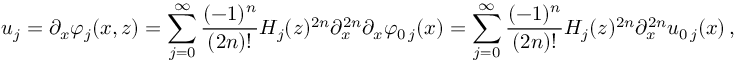
u _ { j } = \partial _ { x } \varphi _ { j } ( x , z ) = \sum _ { j = 0 } ^ { \infty } \frac { ( - 1 ) ^ { n } } { ( 2 n ) ! } H _ { j } ( z ) ^ { 2 n } \partial _ { x } ^ { 2 n } \partial _ { x } \varphi _ { 0 \, j } ( x ) = \sum _ { j = 0 } ^ { \infty } \frac { ( - 1 ) ^ { n } } { ( 2 n ) ! } H _ { j } ( z ) ^ { 2 n } \partial _ { x } ^ { 2 n } u _ { 0 \, j } ( x ) \, ,